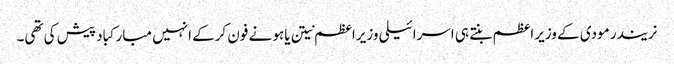
نریندر مودی کے وزیراعظم بنتے ہی اسرائیلی وزیراعظم نیتن یاہو نے فون کرکے انہیں مبارکباد پیش کی تھی۔